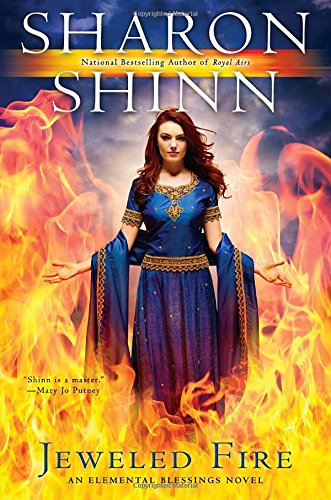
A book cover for Jeweled Fire: An Elemental Blessings Novel; Sharon Shinn; Romance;